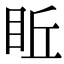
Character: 𥅔